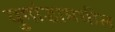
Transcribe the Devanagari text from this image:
युगांडामधील